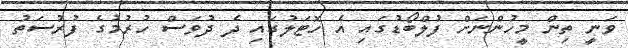
ވަނީ ތިން މީހުންނަށް ފުލްބޯޑުގައި އެ ހޮޓަލުގައި ދެ ދުވަސް ހުރުމުގެ ފުރުސަތު